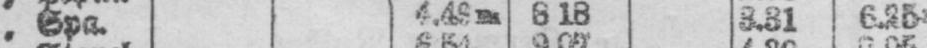
„ Spa. 4.48m 8.18 3.31 6.25